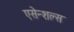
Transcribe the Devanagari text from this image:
एसेन्शल्स